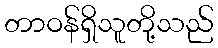
တာဝန်ရှိသူတို့သည်